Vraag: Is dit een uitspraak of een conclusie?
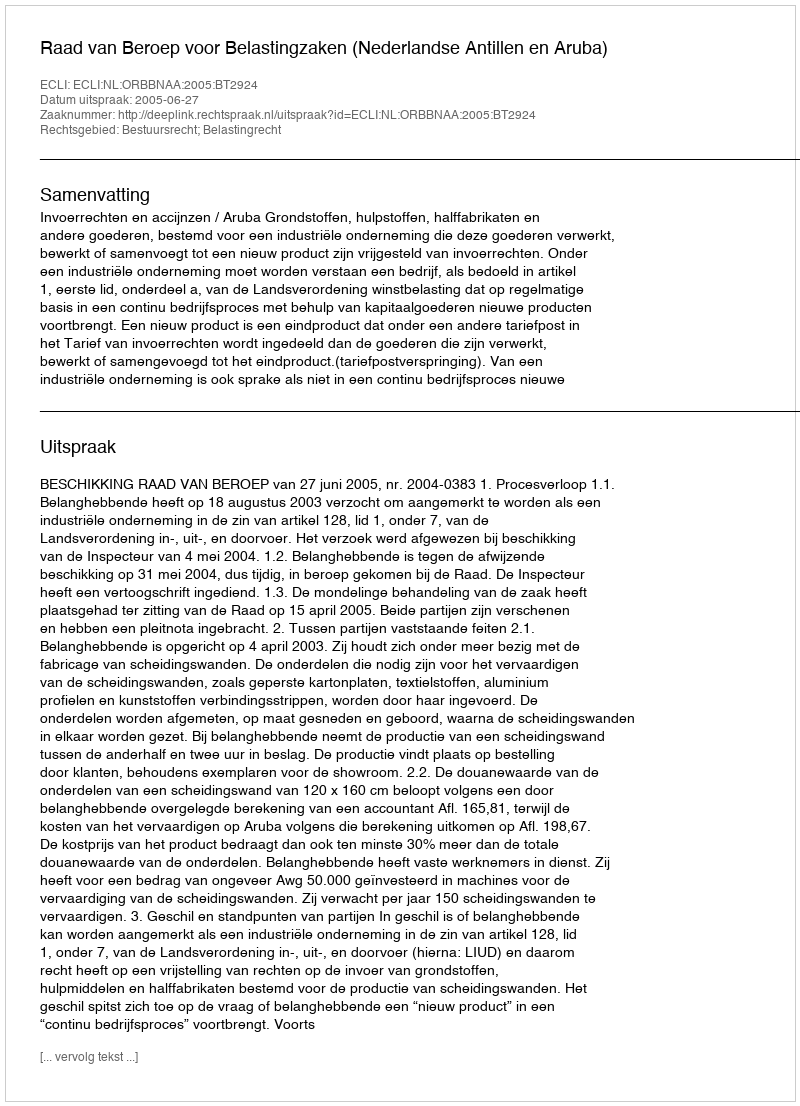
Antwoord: Uitspraak